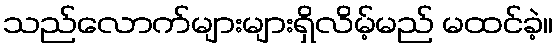
သည်လောက်များများရှိလိမ့်မည် မထင်ခဲ့။